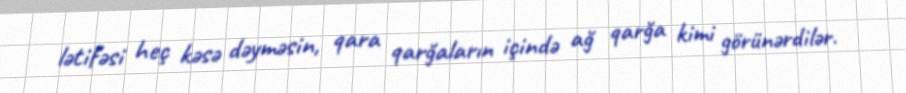
lətifəsi heç kəsə dəyməsin, qara qarğaların içində ağ qarğa kimi görünərdilər.